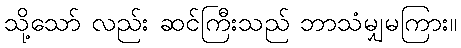
သို့သော် လည်း ဆင်ကြီးသည် ဘာသံမျှမကြား။